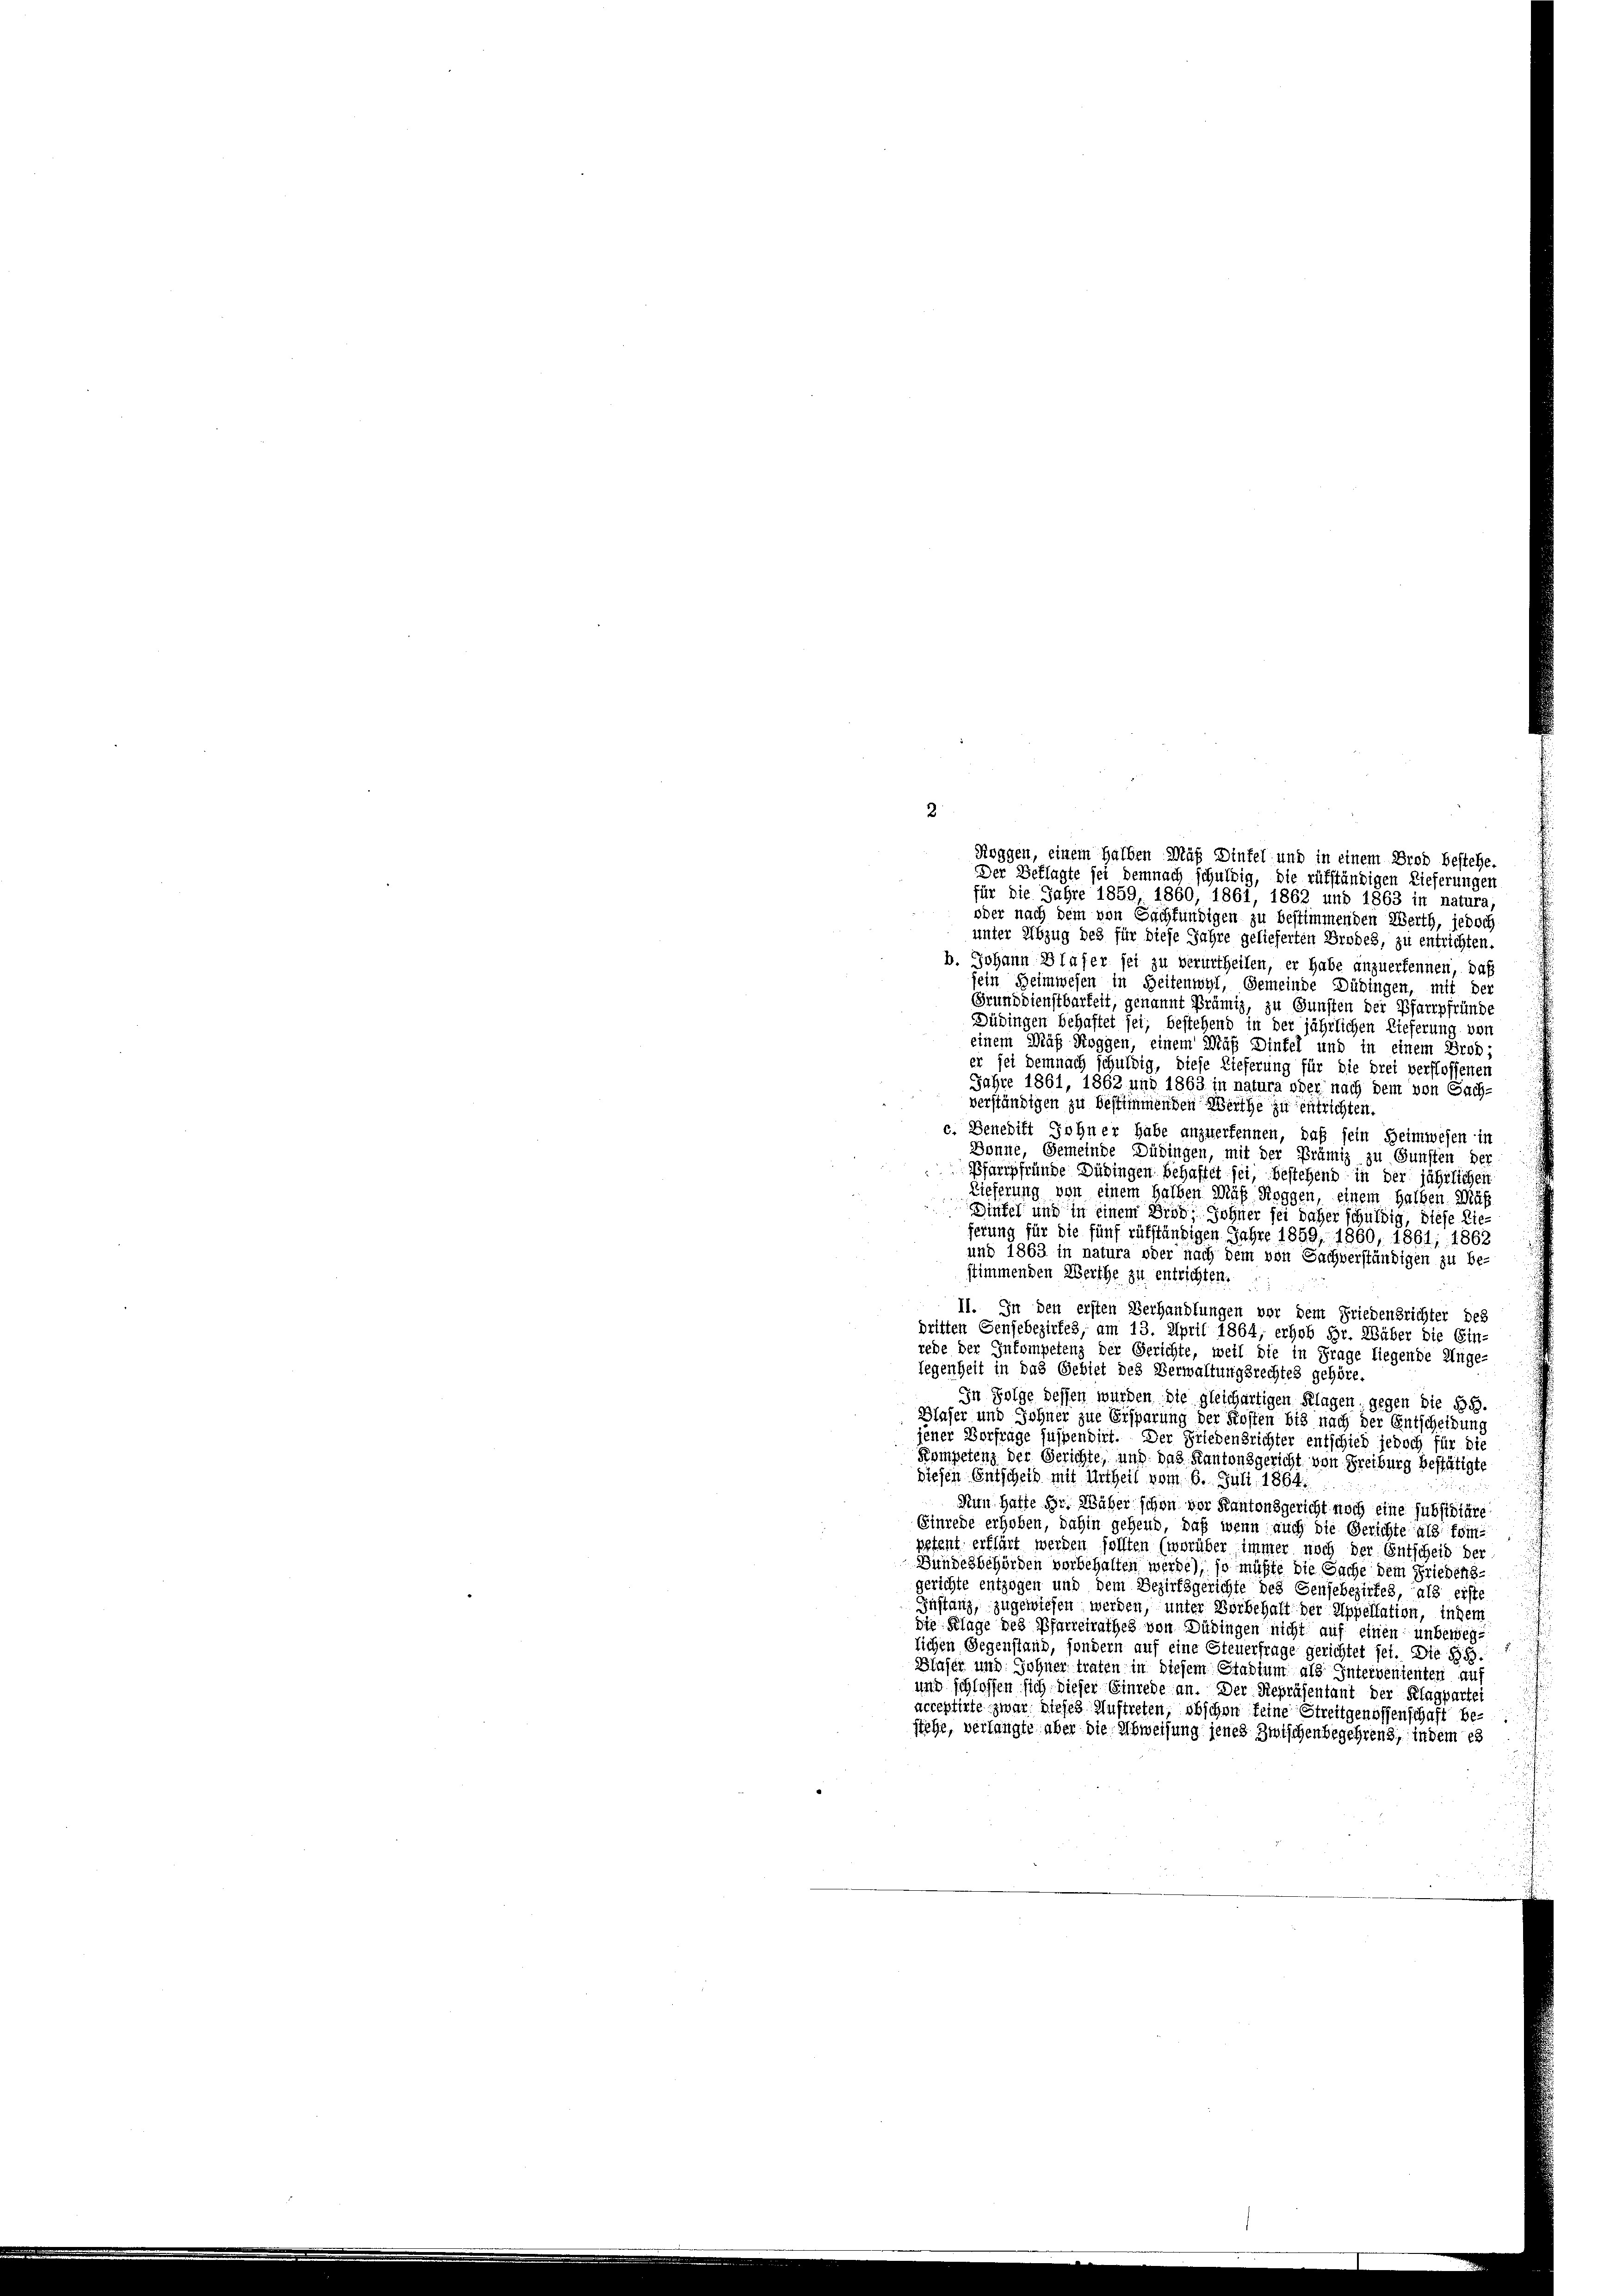
Roggen, einem halben Muß Dinfel und in einem Brod bestehe
Der Beklagte sei demnach schuldig, die rükständigen Lieferungen
für die Jahre 1859 1860, 1861, 1862 und 1863 in natura,
oder nach dem von Sachfündigen zu bestimmenden Werth, jedoch
unter Abzug des für diese Jahre gelieferten Brodes, zu entrichten.
b. Johann Blaser sei zu verurtheilen, er habe anzuerkennen, daß
fein Heimwesen in Zeitenwyl, Gemeinde Dübingen, mit der
Grunddienstbarkeit, genannt Brümis, zu Gunsten der Pfarrpfründe
Düdingen behaftet sei, bestehend in der jährlichen Lieferung vor
einem Maß Roggen, einem Maß Dinfel und in einem Droh;
er sei demnach schuldig, diese Lieferung für die drei verflossenen
Jahre 1861, 1862 und 1863 in natura oder nach dem von Sach-
verständigen zu bestimmenden Werthe zu entrichten.
c. Benedikt Johner habe anzuerkennen, daß sein Heimwesen in
Bönne, Gemeinde Düringen, mit der Prämiz zu Gunsten der
Pfarrpfründe Düringen behaftet sei, bestehend in der jährlichen
Lieferung von einem halben Maß Roggen, einem halben. Maß
Dinfel und in einem Drob, Sohner sei daher schuldig, diese Lieferung für die fünf rükständigen Jahre 1859, 1860, 1861, 1862
und 1863 in natura oder nach dem von Sachverständigen zu be-
stimmenden Werthe zu entrichten.
II. In den ersten Verhandlungen vor dem Friedensrichter des
dritten Genjebezirkes, am 13. April 1864, erhob Hr. Wäber die Ein-
rede der Inkompetenz der Gerichte, weil die in Frage liegende Unge-
legenheit in das Gebiet des Verwaltungsrechtes gehöre.
In Folge dessen wurden die gleichartigen Klagen, gegen die Bd.
Blaser und Johner zue Ersparung der Kosten bis nach der Entscheidung
jener Vorfrage suspendirt. Der Friedensrichter entschied jedoch für die
Kompetenz der Gerichte, und das Kantonsgericht von Freiburg bestätigte
diesen Entscheid mit Urtheil vom 6. Juli 1864.
Nun hatte Hr. Wäher schon vor Kantonsgericht noch eine subsidiäre
Einrede erhoben, dahin gehend, daß wenn auch die Gerichte als fem
petent erklärt werden sollten (worüber immer noch der Entscheid der
Bundesbehörden vorbehalten werde), so müßte die Sache dem Friedensgerichte entzogen und dem Bezirksgerichte des Genfebezirkes, als erste
Gustanz, zugewiesen werden, unter Vorbehalt der Appellation, indem
die Klage des Pfarreirathes von Dübingen nicht auf einen unbeweglichen Gegenstand, sondern auf eine Steuerfrage gerichtet sei. Die §§.
Blaser und Sohner trafen in diesem Stadtum als Intervenienten auf
und schlossen sich dieser Einrede an. Der Repräsentant der Klagpartei
acceptirte zwar dieses Auftreten, obschon keine Streitgenossenschaft be-
stehe, verlangte über die Abweisung jenes Zwischen begehrend, in dem es